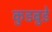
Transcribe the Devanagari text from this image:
कुडबुडे